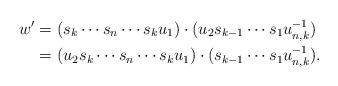
LaTeX: \begin{align*} w' &= (s_k \cdots s_n \cdots s_k u_1)\cdot(u_2 s_{k-1} \cdots s_1 u_{n,k}^{-1})\\ &= (u_2 s_k \cdots s_n \cdots s_k u_1) \cdot (s_{k-1} \cdots s_1 u_{n,k}^{-1}). \end{align*}